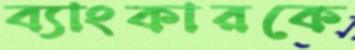
ব্যাংকারকে